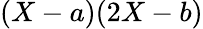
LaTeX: (X-a)(2X-b)